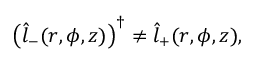
\begin{array} { r } { \left( \hat { l } _ { - } ( r , \phi , z ) \right) ^ { \dagger } \neq \hat { l } _ { + } ( r , \phi , z ) , } \end{array}